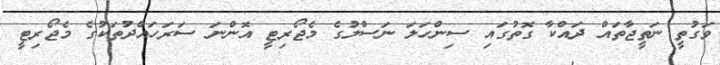
ވަގުތީ ނަތީޖާތައް ދައްކާ ގޮތުގައި ސިންހަލަ ނަސްލުގެ މެޖޯރިޓީ އޮންނަ ސަރަހައްދުތަކުގެ މެޖޯރިޓީ